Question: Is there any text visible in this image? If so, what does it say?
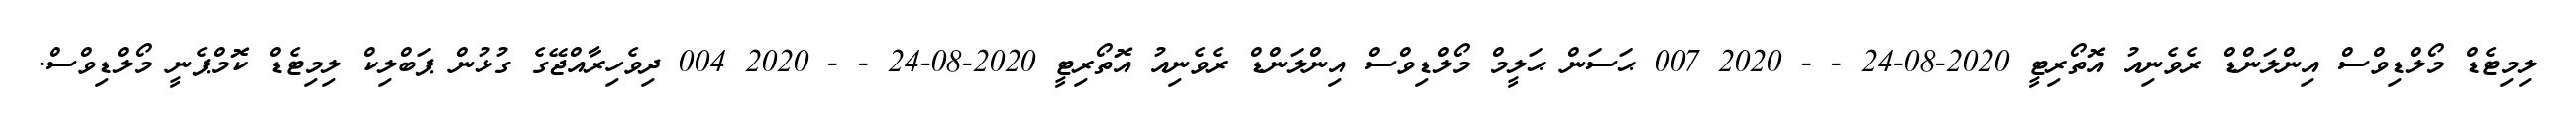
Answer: ލިމިޓެޑް މޯލްޑިވްސް އިންލަންޑް ރެވެނިއު އޮތޯރިޓީ 2020-08-24 - - 2020 007 ޙަސަން ޙަލީމް މޯލްޑިވްސް އިންލަންޑް ރެވެނިއު އޮތޯރިޓީ 2020-08-24 - - 2020 004 ދިވެހިރާއްޖޭގެ ގުޅުން ޕަބްލިކް ލިމިޓެޑް ކޮމްޕެނީ މޯލްޑިވްސް.